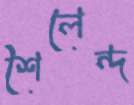
শৈলেন্দ